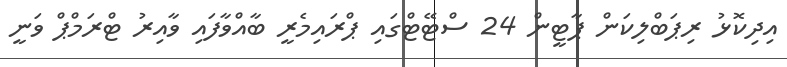
އިދިކޮޅު ރިޕަބްލިކަން ޕާޓީން 24 ސްޓޭޓްގައި ޕްރައިމެރީ ބާއްވާފައި ވާއިރު ޓްރަމްޕް ވަނީ